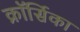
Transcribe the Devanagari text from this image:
क्रॉर्सिका